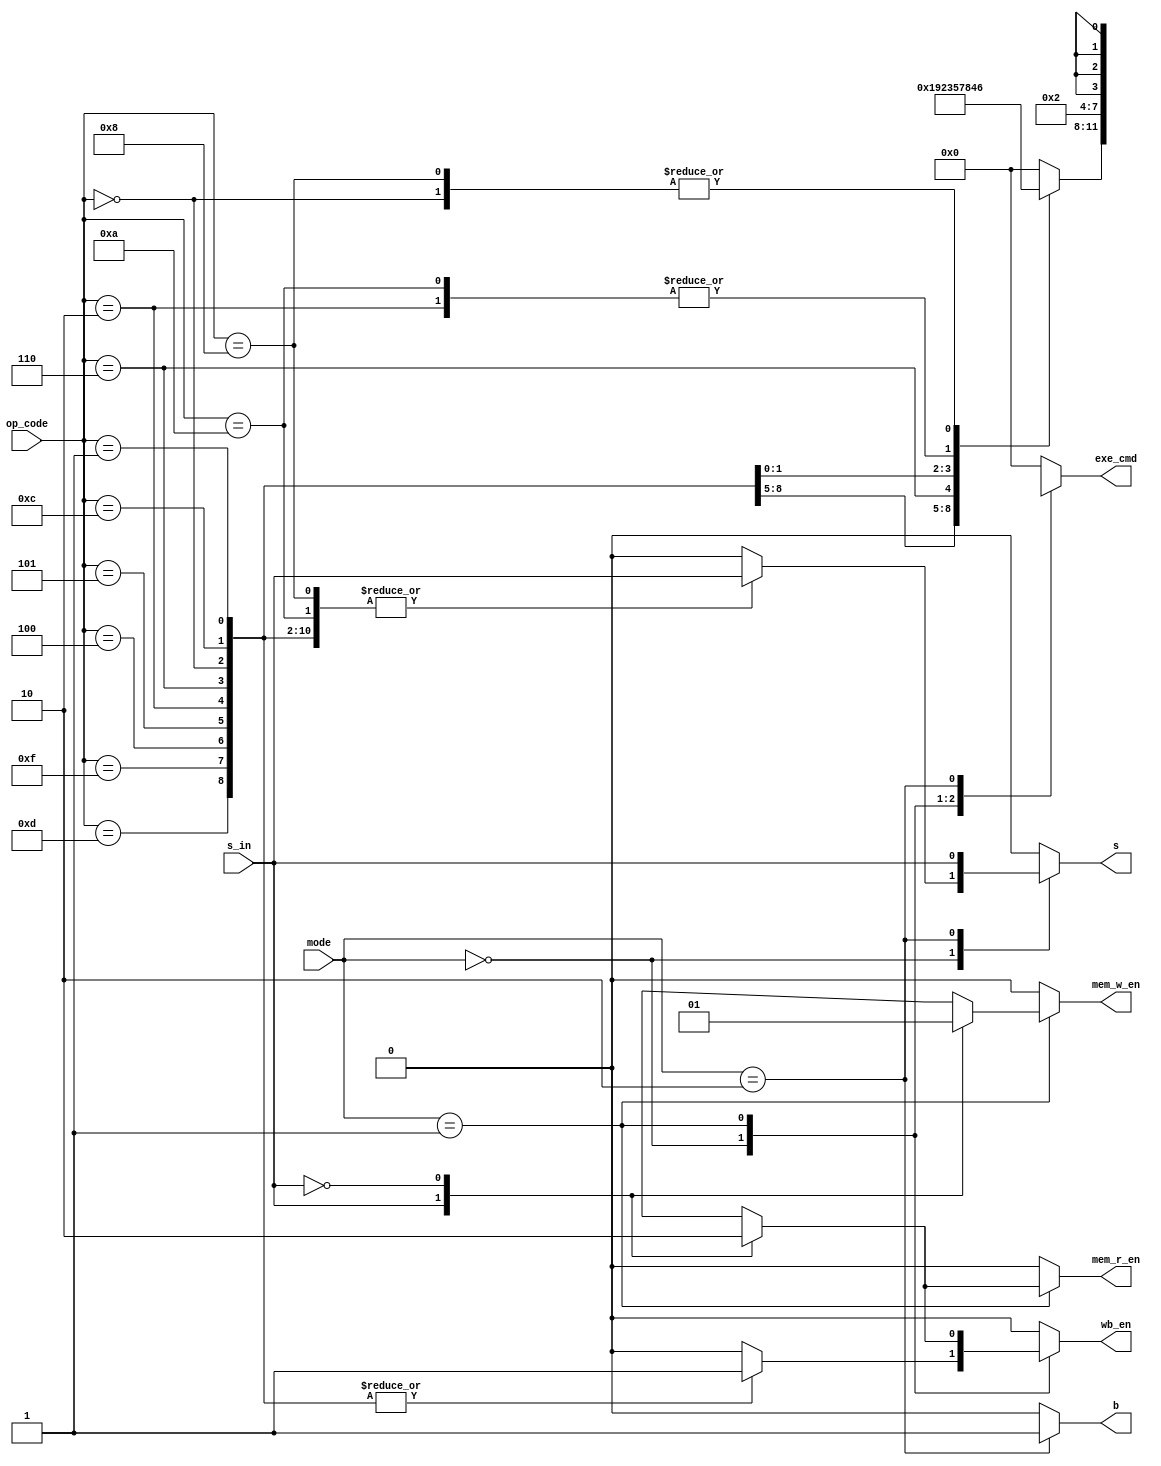
module ControlUnit (
  input [1:0]      mode,
  input [3:0]      op_code,
  input            s_in,
  
  output reg [3:0] exe_cmd,
  output reg       mem_r_en,  // mem_read
  output reg       mem_w_en,  // mem_w_en
  output reg       wb_en,
  output reg       s,
  output reg       b
  );
  
  
  always @ (mode, op_code, s_in) begin
    
    exe_cmd = 4'b0000;
    mem_r_en = 1'b0;
    mem_w_en = 1'b0;
    wb_en = 1'b0;
    s = 1'b0;
    b = 1'b0;
    
    case (mode)
      2'b00: begin  // logical or arithmetic
        case (op_code)
          4'b1101: begin  // R-type Instruction: MOV Description: Move
            exe_cmd = 4'b0001;
            wb_en = 1'b1;
            s = s_in;
          end
          4'b1111: begin  // R-type Instruction: MVN Description: Move NOT
            exe_cmd = 4'b1001;
            wb_en = 1'b1;
            s = s_in;
          end
          4'b0100: begin  // R-type Instruction: ADD Description: Add
            exe_cmd = 4'b0010;
            wb_en = 1'b1;
            s = s_in;
          end
          4'b0101: begin  // R-type Instruction: ADC Description: Add with Carry
            exe_cmd = 4'b0011;
            wb_en = 1'b1;
            s = s_in;
          end
          4'b0010: begin  // R-type Instruction: SUB Description: Subtraction
            exe_cmd = 4'b0100;
            wb_en = 1'b1;
            s = s_in;
          end
          4'b0110: begin  // R-type Instruction: SBC Description: Subtract with Carry
            exe_cmd = 4'b0101;
            wb_en = 1'b1;
            s = s_in;
          end
          4'b0000: begin  // R-type Instruction: AND Description: And
            exe_cmd = 4'b0110;
            wb_en = 1'b1;
            s = s_in;
          end
          4'b1100: begin  // R-type Instruction: ORR Description: Or
            exe_cmd = 4'b0111;
            wb_en = 1'b1;
            s = s_in;
          end
          4'b0001: begin  // R-type Instruction: EOR Description: Exclusive OR
            exe_cmd = 4'b1000;
            wb_en = 1'b1;
            s = s_in;
          end
          4'b1010: begin  // R-type Instruction: CMP Description: Compare
            exe_cmd = 4'b0100;
            s = s_in;
          end
          4'b1000: begin  // R-type Instruction: TST Description: Test
            exe_cmd = 4'b0110;
            s = s_in;
          end
          default: begin
            //
          end
        endcase
      end
      2'b01: begin  // memory access
        case (s_in)
          1'b1: begin // R-type Instruction: LDR Description: Load Register
            exe_cmd = 4'b0010;
            wb_en = 1'b1;
            mem_r_en = 1'b1;
          end
          1'b0: begin // R-type Instruction: STR Description: Store Register
            exe_cmd = 4'b0010;
            mem_w_en = 1'b1;
          end
          default: begin
            //
          end
        endcase
      end
      2'b10: begin  // branch
        exe_cmd = 4'bxxxx;
        s = s_in;
        b = 1'b1;
      end
      default: begin
        //
      end
    endcase
  end

endmodule